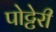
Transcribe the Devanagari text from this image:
पोट्टेरी